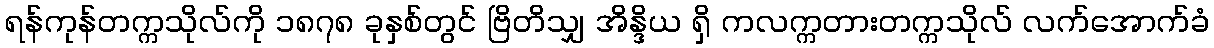
ရန်ကုန်တက္ကသိုလ်ကို ၁၈၇၈ ခုနှစ်တွင် ဗြိတိသျှ အိန္ဒိယ ရှိ ကလက္ကတားတက္ကသိုလ် လက်အောက်ခံ